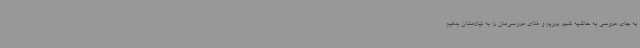
به جای عروسی به حاشیه شهر برویم و غذای عروسی‌مان را به نیازمندان بدهیم